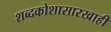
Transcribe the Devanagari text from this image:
शब्दकोशासारखाही